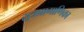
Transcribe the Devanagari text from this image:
सूत्रप्रामाणिका